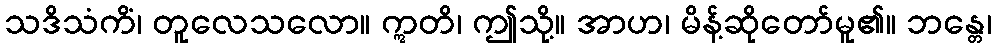
သဒိသံကိံ၊ တူလေသလော။ ဣတိ၊ ဤသို့။ အာဟ၊ မိန့်ဆိုတော်မူ၏။ ဘန္တေ၊